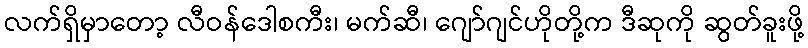
လက်ရှိမှာတော့ လီဝန်ဒေါစကီး၊ မက်ဆီ၊ ဂျော်ဂျင်ဟိုတို့က ဒီဆုကို ဆွတ်ခူးဖို့